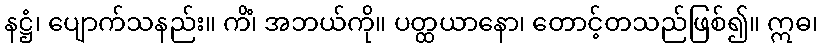
နဋ္ဌံ၊ ပျောက်သနည်း။ ကိံ၊ အဘယ်ကို။ ပတ္ထယာနော၊ တောင့်တသည်ဖြစ်၍။ ဣဓ၊